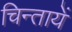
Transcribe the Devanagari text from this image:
चिन्तायें